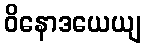
ဝိနောဒယေယျ